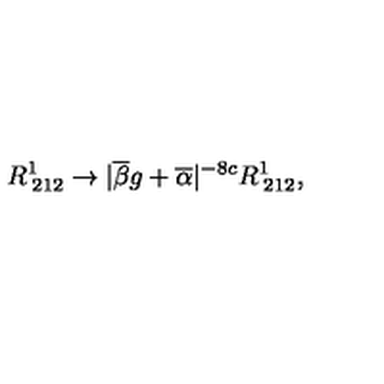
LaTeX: R _ { \: 2 1 2 } ^ { 1 } \rightarrow | \overline { { \beta } } g + \overline { { \alpha } } | ^ { - 8 c } R _ { \: 2 1 2 } ^ { 1 } ,